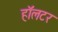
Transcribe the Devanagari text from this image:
हॉलटर